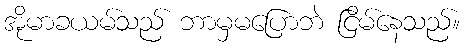
အိုမာခယမ်သည် ဘာမှမပြောဘဲ ငြိမ်နေသည်။